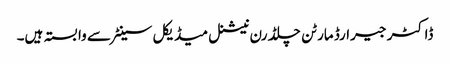
ڈاکٹر جیرارڈ مارٹن چلڈرن نیشنل میڈیکل سینٹر سے وابستہ ہیں۔